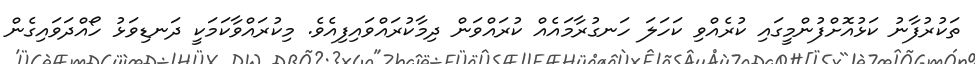
ތަކުރުފާނު ކަޅުއޮށްފުންމީގައި ކުރެއްވި ކަހަލަ ހަނގުރާމައެއް ކުރައްވަން ދިމާކުރައްވައިފިއެވެ. މިކުރައްވާކަމަކީ ދަނޑިވަޅު ހޯއްދަވައިގެން